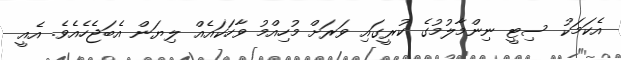
އެކަމަކު ސިޓީ ނިންމާލުމުގެ ކުރީގައި ވަރަށް މުހިއްމު ވާހަކައެއް ލިޔަން އެބަޖެހެއެވެ. އެއީ